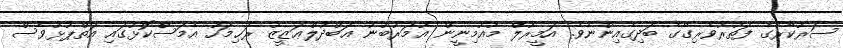
ސަރުކާރުގެ ފަތުރުވެރިގޭގެ ބަދިގެއިންނެވެ. އަމީރުލް މުއުމިނީން ޢުމަރުބުނު ޢަބްދުލްޢަޒީޒު ރަޙިމަހު އެމަސްކޮޅުގައި އަތްޕުޅުވެސް